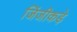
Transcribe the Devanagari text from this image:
जिंजीकड़े